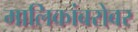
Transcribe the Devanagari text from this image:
मालिकांबरोबर